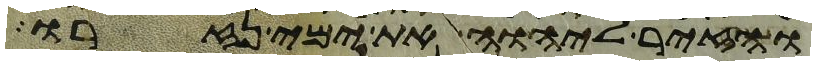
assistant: והזיר ליהוה את ימי נזרו